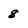
Character: 8